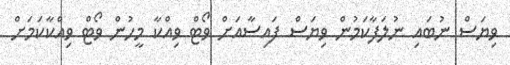
ވިޔަސް ނުބައި ނުލަފާކަމުން ވިޔަސް ފައިސާއަށް ވޯޓް ވިއްކާ މީހުން ވޯޓް ވިއްކާކަމަށް